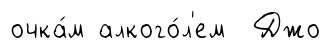
очка́м алкого́л'ем Джо